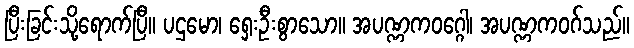
ပြီးခြင်းသို့ရောက်ပြီ။ ပဌမော၊ ရှေးဦးစွာသော။ အပဏ္ဏကဝဂ္ဂေါ၊ အပဏ္ဏကဝဂ်သည်။